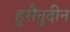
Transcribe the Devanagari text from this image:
हुसैनुदीन